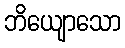
ဘိယျောသော